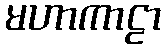
မဟာကာဠာ